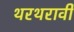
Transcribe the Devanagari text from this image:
थरथरावी